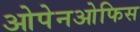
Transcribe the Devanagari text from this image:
ओपेनओफिस